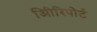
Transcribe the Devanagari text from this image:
अिीरिपोर्ट